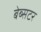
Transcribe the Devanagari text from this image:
बेब्सटर